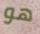
هو